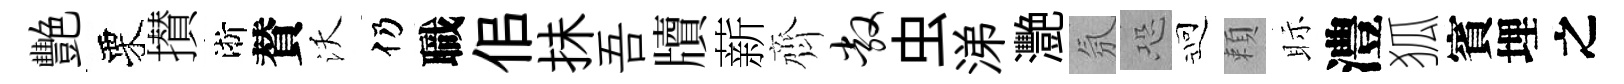
艷栗攅淅賛沃仍職佀抺吾牘薪齊敞虫涕灧氛恐迎頼眎澧狐賓埋之